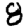
Digit: 8